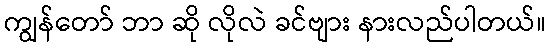
ကျွန်တော် ဘာ ဆို လိုလဲ ခင်ဗျား နားလည်ပါတယ်။